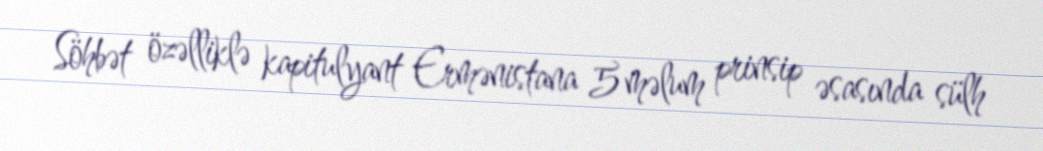
Söhbət özəlliklə kapitulyant Ermənistana 5 məlum prinsip əsasında sülh